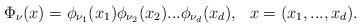
LaTeX: \begin{align*}\Phi_{\nu}(x)=\phi_{\nu_{1}}(x_{1})\phi_{\nu_{2}}(x_{2})...\phi_{\nu_{d}}(x_{d}),\ \ x=(x_{1},...,x_{d}).\end{align*}